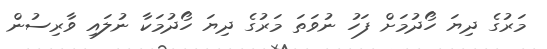
މަރުގެ ދިޔަ ހޯދުމަށް ފަހު ނުވަތަ މަރުގެ ދިޔަ ހޯދުމަކާ ނުލައި ވާރިސުން